Bréfritari: Jón Jónsson
Viðtakandi: Jón Borgfirðings Jónsson
Dagsetning: A-1869-01-01
Skrifað á: Geldingaá  Borg.

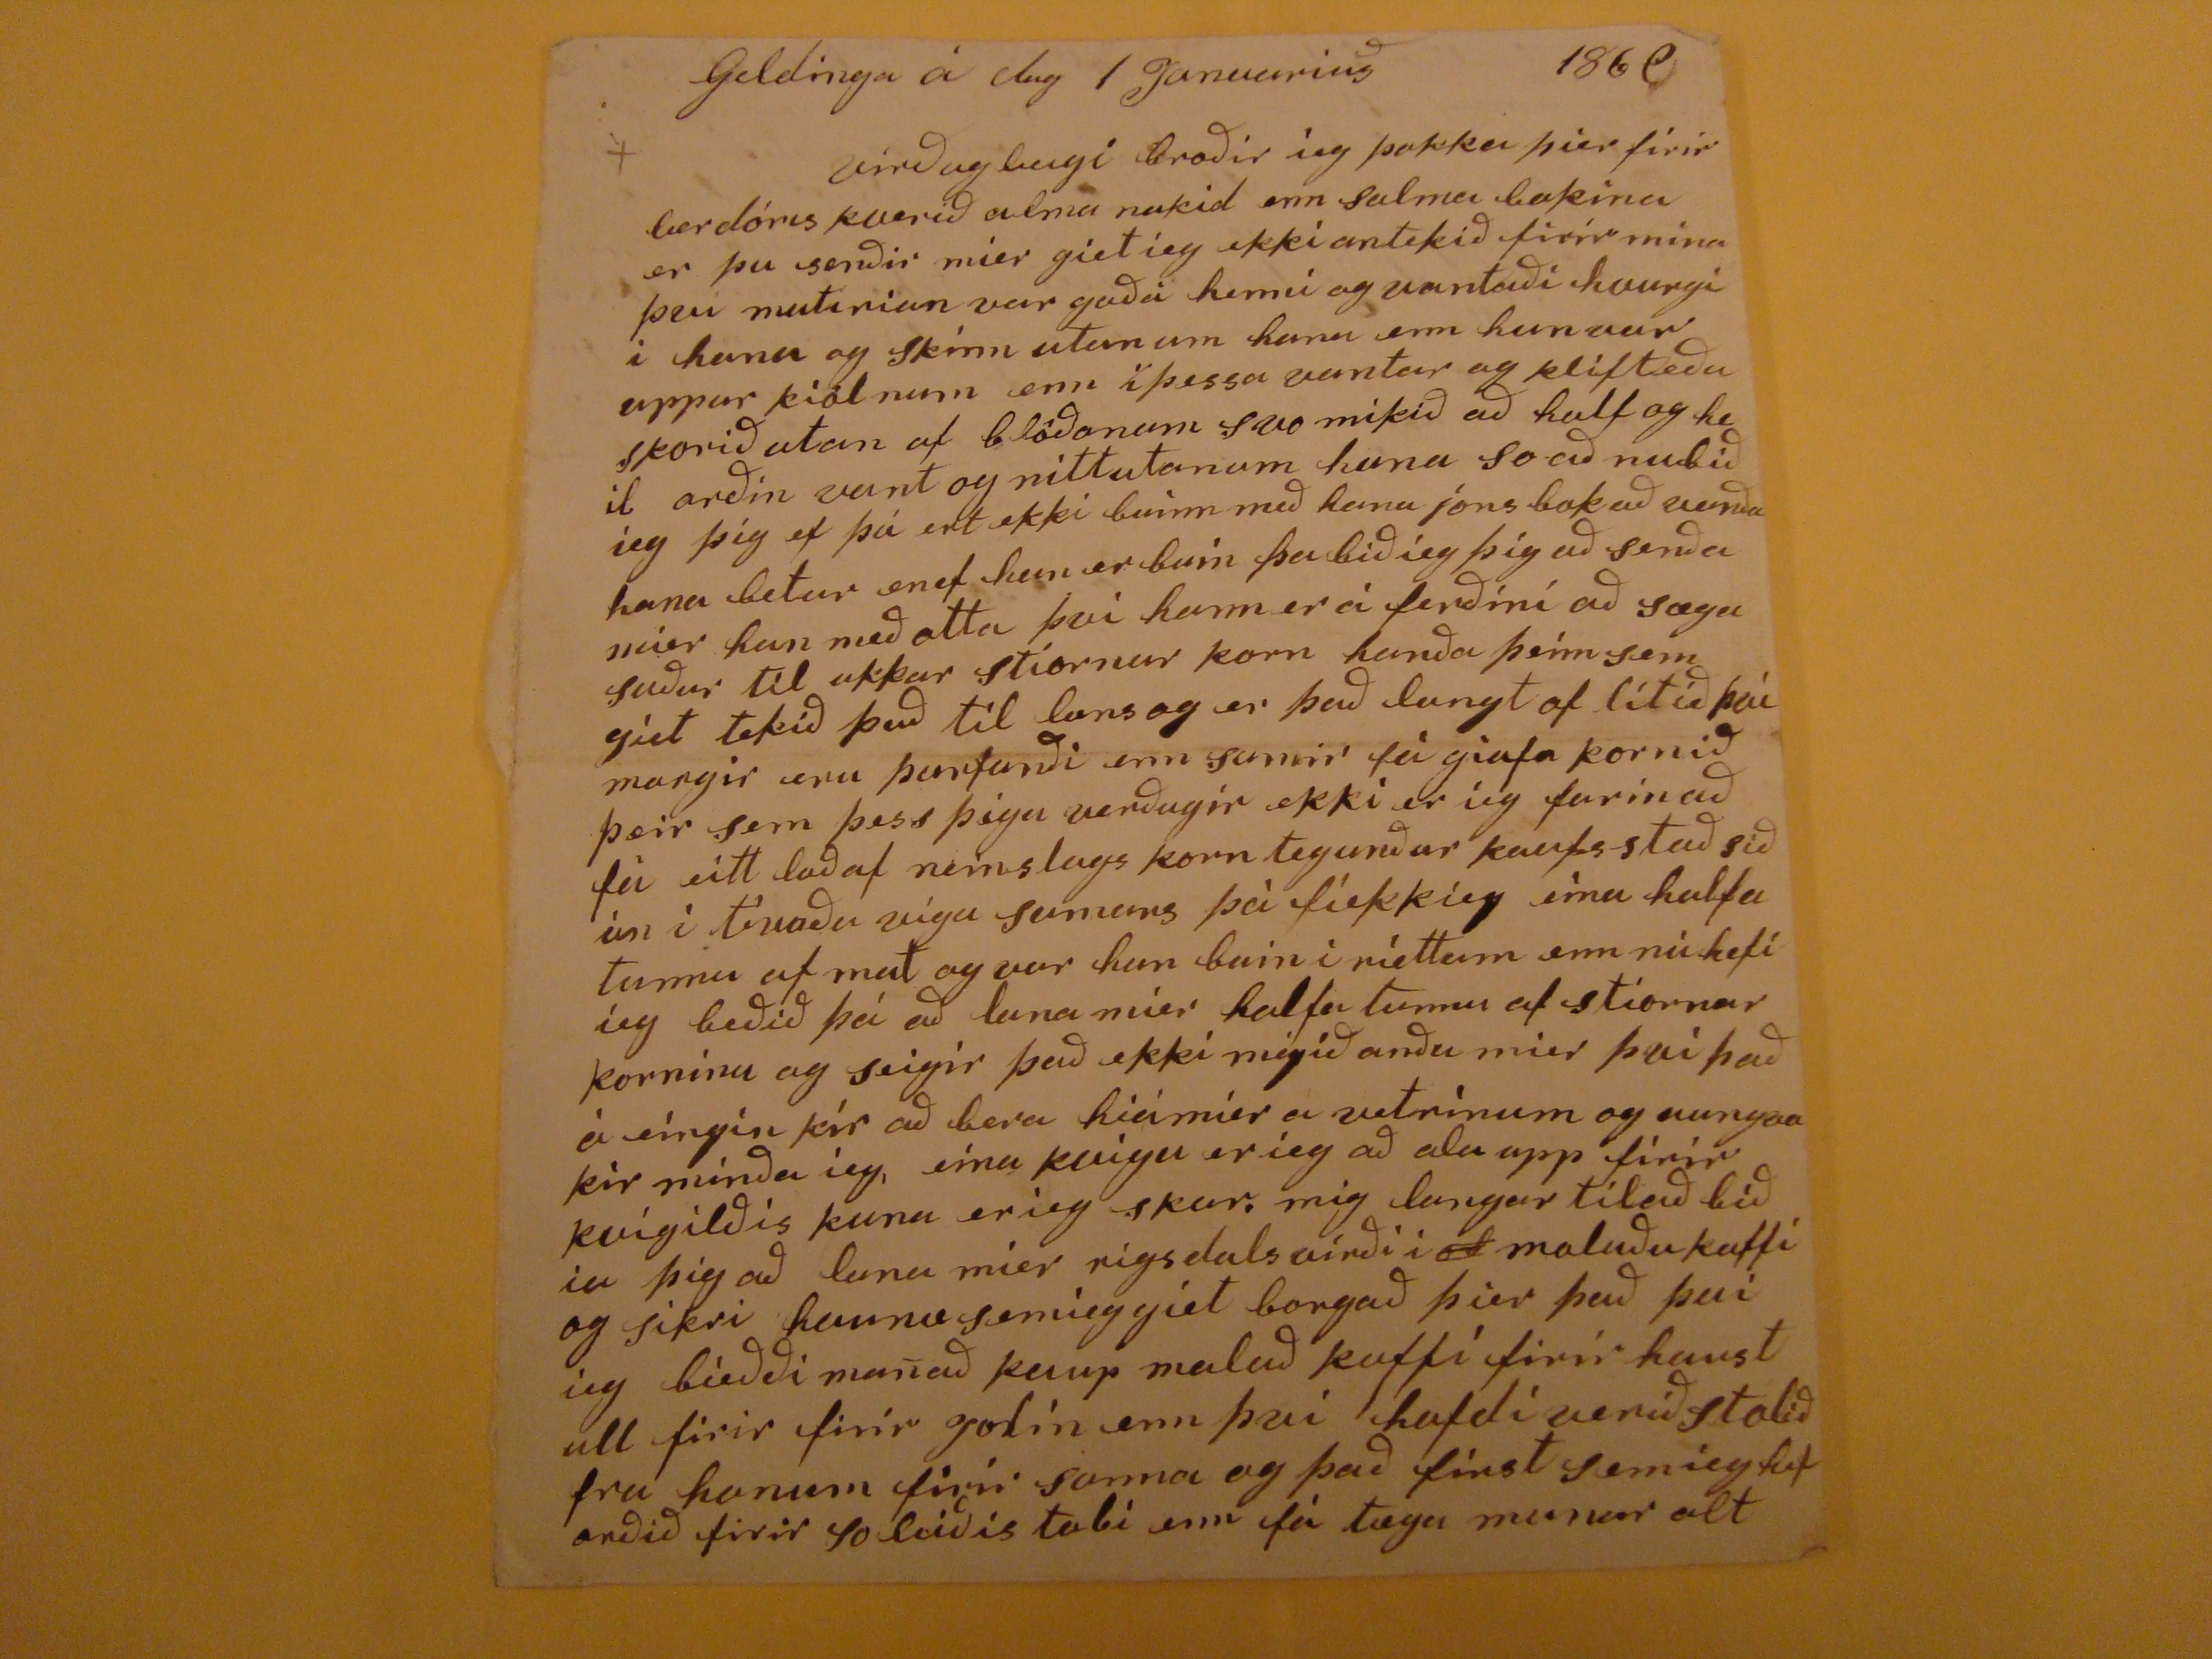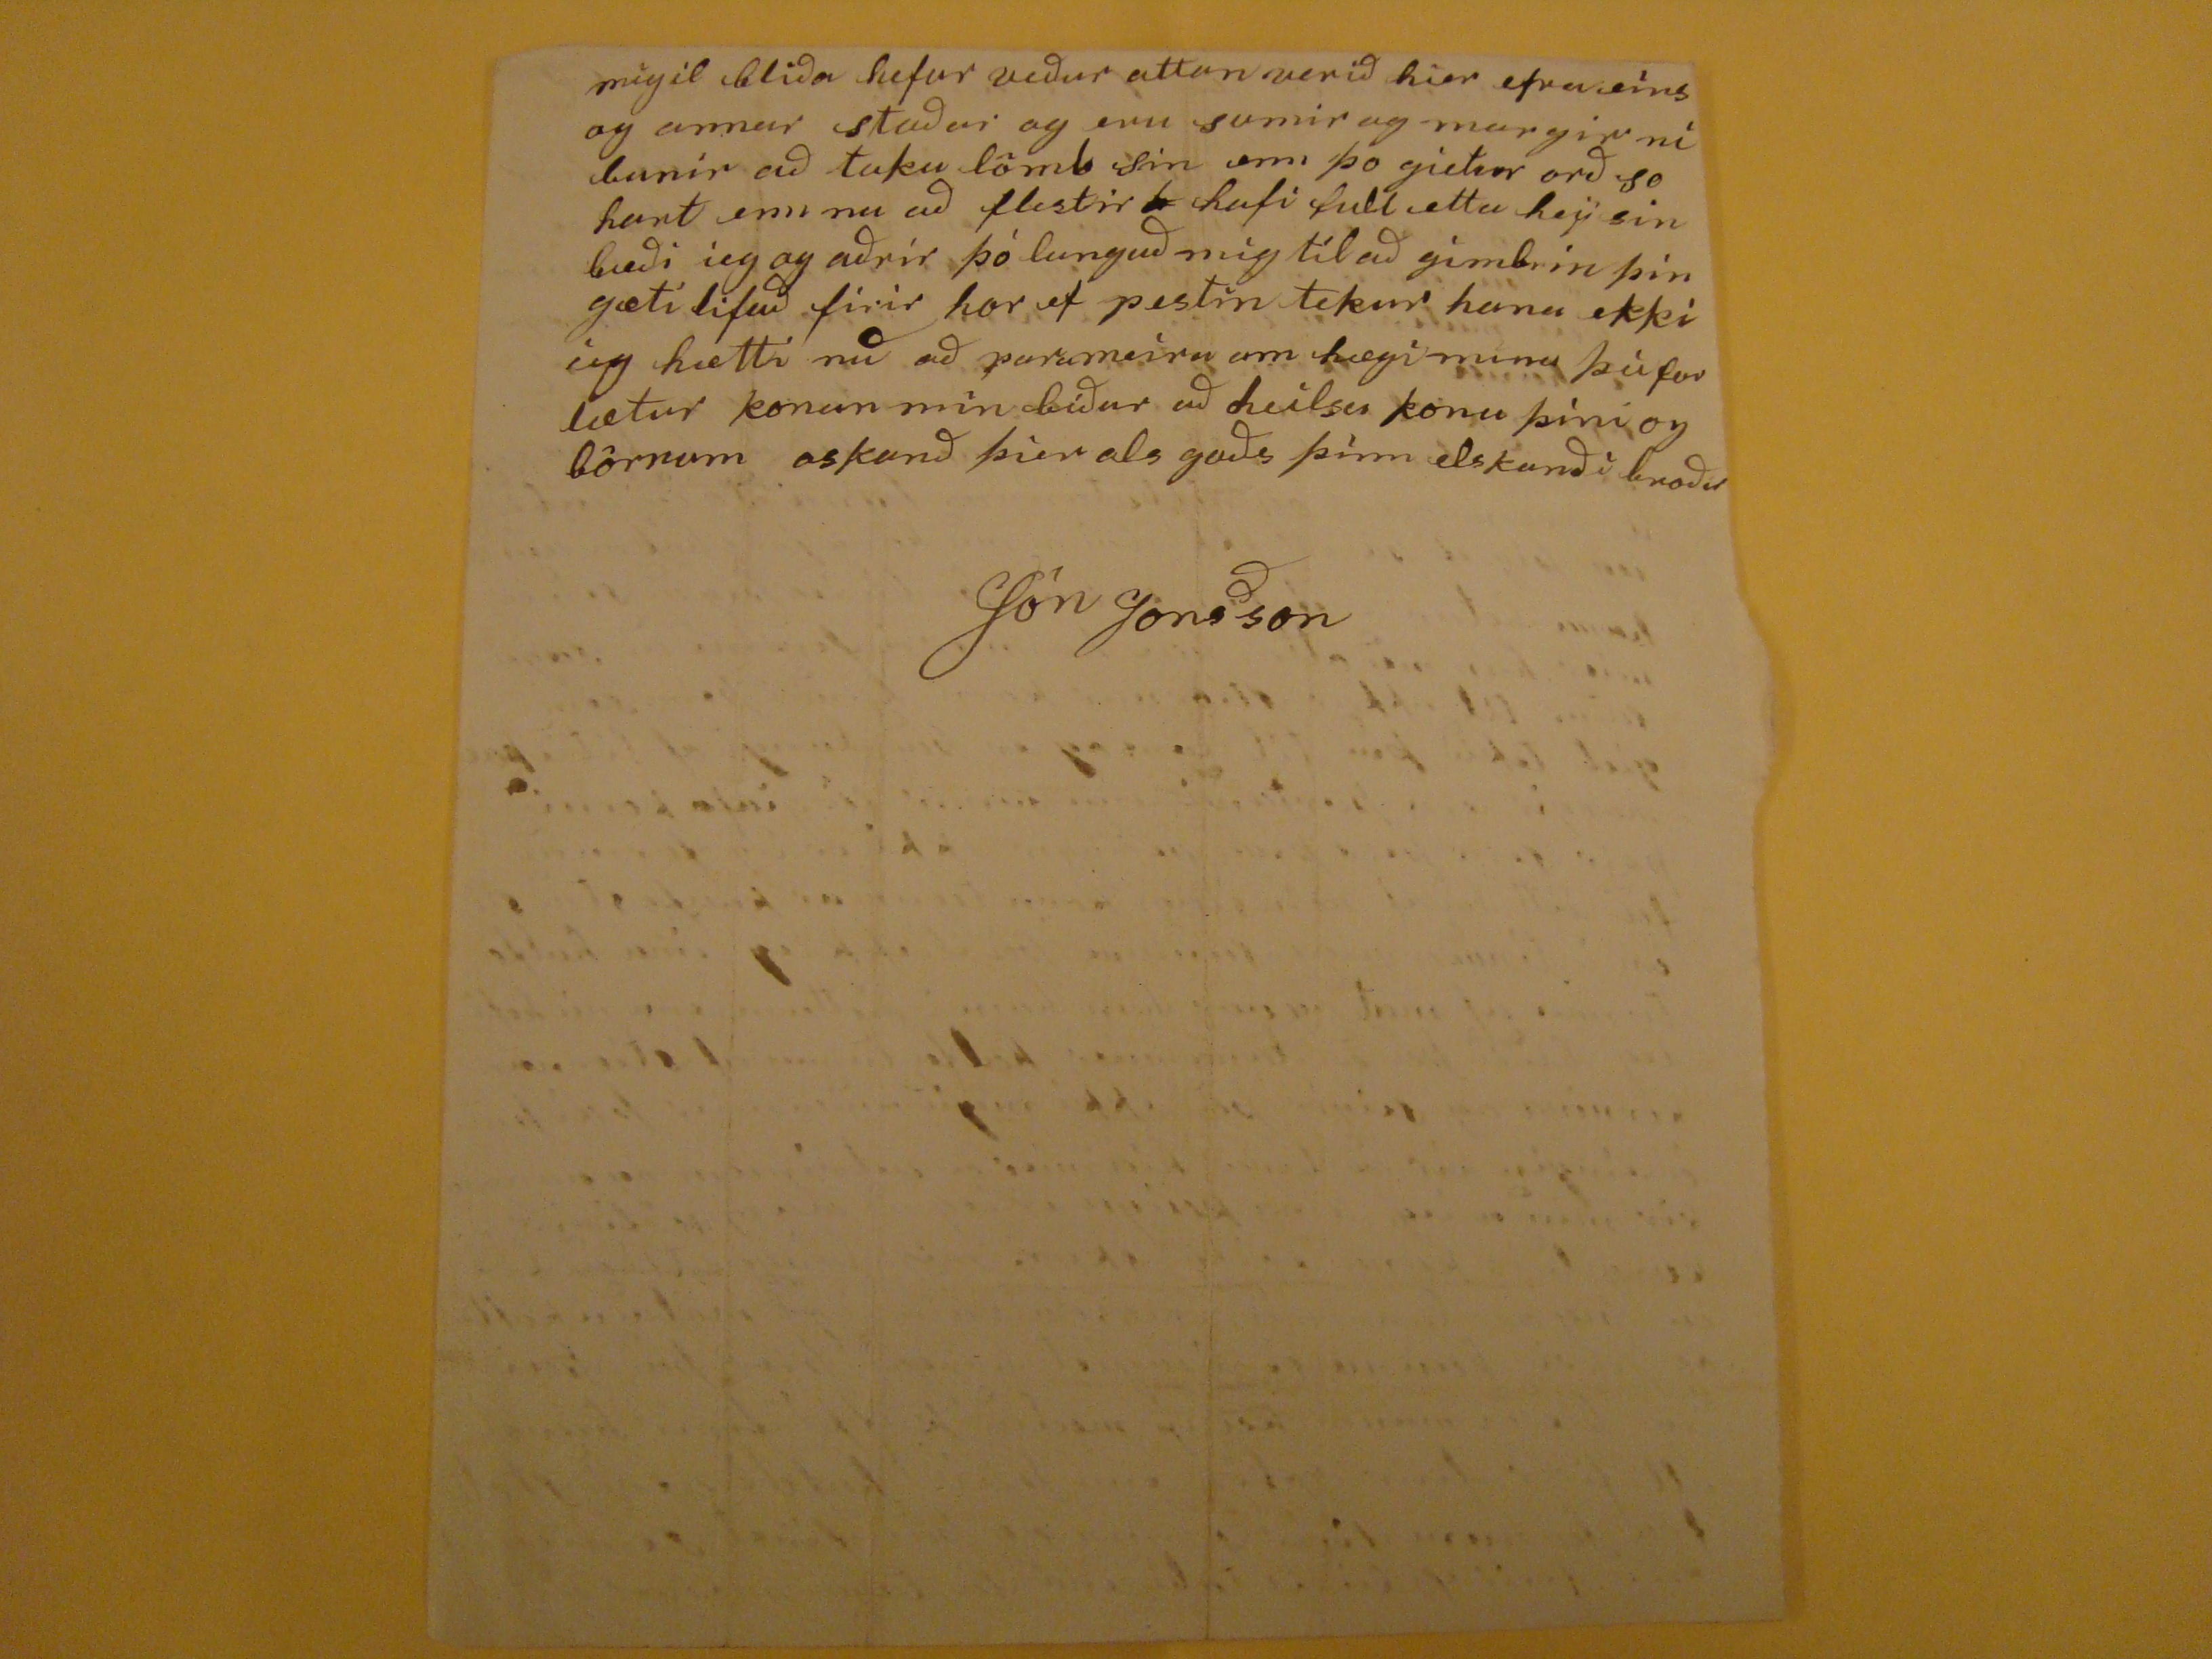

Geldinga á dag 1 Januarius 186
9
virðugleigi broðir ieg þakka þier firir lærdóms verið alma nakid enn Salma bokina er þu senðir mier giet ieg ekki antekið firir mina þvi
mutirian
var goðu henni og vantaði hvurgi i hana og Skínn utan um hana enn hun var uppur kiölnum enn i þessu vantar og klifteðu skoriðutan af blöðonum svo mikið að half og heil orðin vant og nittutanum hana so að nubið ieg þig ef þú ert ekki buinn með hana jons bok að vanða hana betur en ef hun er buin þa bið ieg þig að senða mier hun með otta þvi hann er á ferðíní að sæga suður til ukkar stiornur korn hanða þeim sem giet tekið það til hans og er það langt of lítið því margir eru þurfanði enn sumir fá giafa kornið þeir sem þess þigu verðugir ekki er ieg farin að fá eitt loð af neinslags korn tegunður kaufs stað siðan i
tínaðu vigu
sumars þá fíekkieg eína halfa tunnu af mat og var hun buin i riettum enn nú hefi ieg beðið þá að lana mier halfa tunnu af stiornar korninu og seigir það ekki migið anðu mier því það á eíngin
kír
að bera hiá mier a vetrínum og aungva kir minðu ieg, eína kvigu er ieg að ala upp fírír kvígílðís kuna er ieg skar. mig langar til að biðia þig að laga mier rigsdalsvírði i
od
moluðu kaffi og sikri
hanna
semieg giet borgað þier það þvi ieg bieðði manað kaup malað kaffí firír haust ull firir firir gotin enn því hafdi verið stolið fra honum firir sanna og það first sem ieg hef orðið firir so leiðis tali enn fá tæga munar alt
migil bliða hefur veður attan verið hier efra eíns og annar staðar og eru sumir og margir ní bunir að taka lömb sin enn þo gietur orð so hart enn nu að flestir
a
hafi full ettu heji sin bæði ieg og aðrir þó langað mig til að gimbrin þin gæti lifað firir hor ef pestin tekur hana ekki ieg hætti nu að parameira um hægi mina þú for lætur konun min biður að heilsa konu þíni og börnum oskanð þier als goðs þinn elskanði broðir
Jón Jonsson